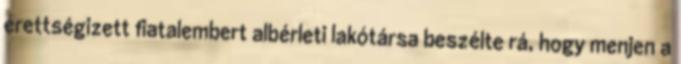
érettségizett fiatalembert albérleti lakótársa beszélte rá, hogy menjen a